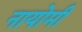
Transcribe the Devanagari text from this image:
नायोमी